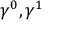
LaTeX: \gamma ^ { 0 } , \gamma ^ { 1 }